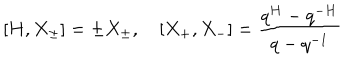
LaTeX: [ H , X _ { \pm } ] = \pm X _ { \pm } , \quad [ X _ { + } , X _ { - } ] = \frac { q ^ { H } - q ^ { - H } } { q - q ^ { - 1 } }